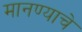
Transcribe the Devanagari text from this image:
मानण्याचे